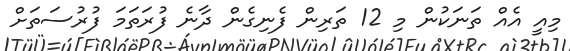
މިއީ އެއް ތަނަކުން މި 12 ތަރިން ފެނިގެން ދާނެ ފުރަތަމަ ފުރުސަތަށް